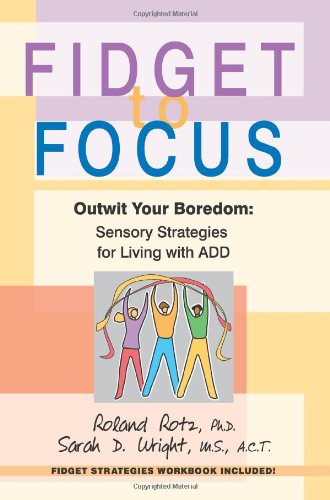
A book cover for Fidget to Focus: Outwit Your Boredom: Sensory Strategies for Living with ADD; Roland Rotz; Health, Fitness & Dieting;